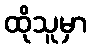
ထိုသူမှာ